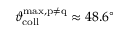
\vartheta _ { \mathrm { c o l l } } ^ { \mathrm { m a x , p \neq q } } \approx 4 8 . 6 ^ { \circ }